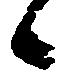
候